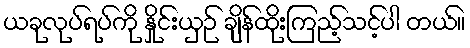
ယခုလုပ်ရပ်ကို နှိုင်းယှဉ် ချိန်ထိုးကြည့်သင့်ပါ တယ်။